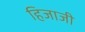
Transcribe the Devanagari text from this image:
हिजाजी